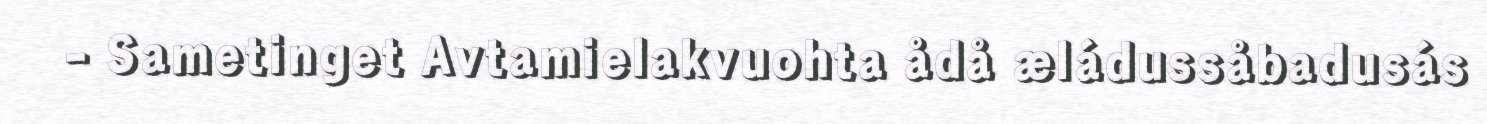
- Sametinget Avtamielakvuohta ådå æládussåbadusás